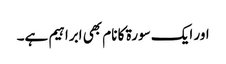
اور ایک سورۃ کا نام بھی ابراہیم ہے۔